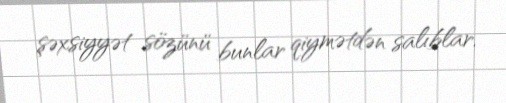
şəxsiyyət sözünü bunlar qiymətdən salıblar.